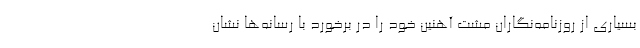
بسیاری از روزنامه‌نگاران مشت آهنین خود را در برخورد با رسانه‌ها نشان